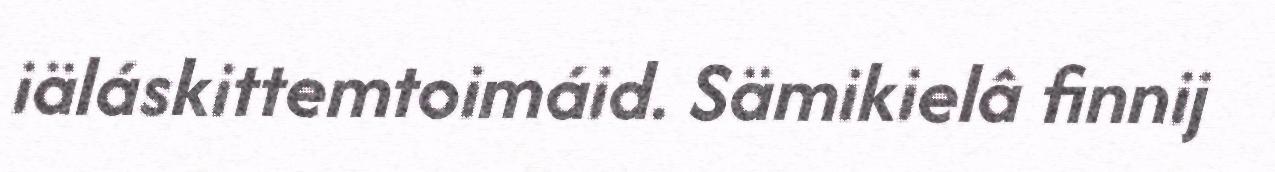
iäláskittemtoimáid. Sämikielâ finnij